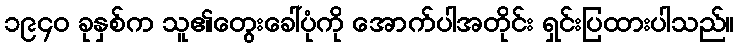
၁၉၄၀ ခုနှစ်က သူ၏တွေးခေါ်ပုံကို အောက်ပါအတိုင်း ရှင်းပြထားပါသည်။